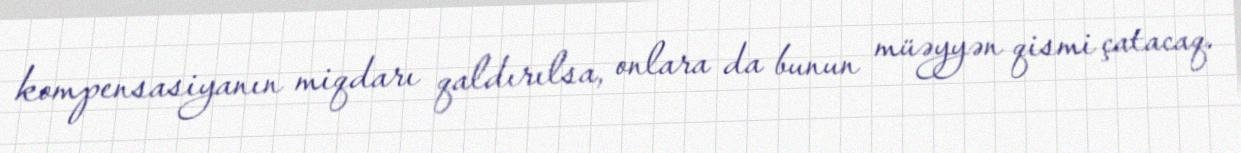
kompensasiyanın miqdarı qaldırılsa, onlara da bunun müəyyən qismi çatacaq.